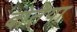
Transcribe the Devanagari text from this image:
बोतेया